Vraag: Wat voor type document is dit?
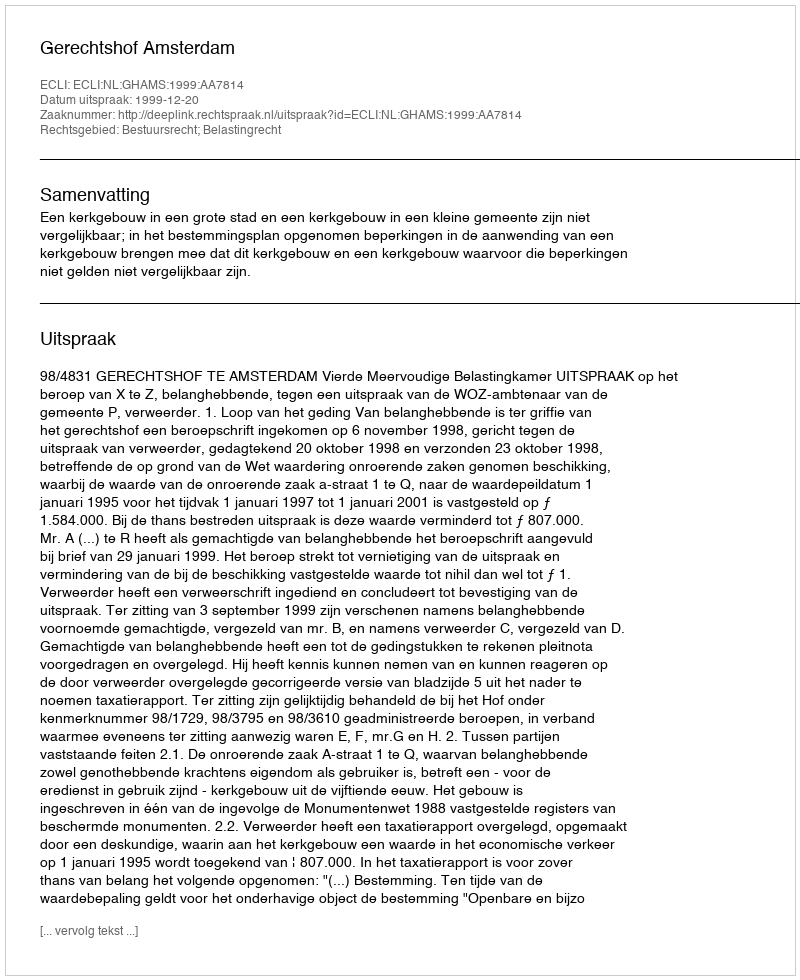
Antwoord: Uitspraak